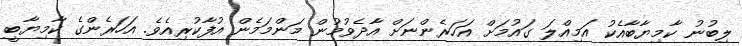
ލިބުނު ކާމިޔާބާއެކު އަމިއްލަ ގައުމަށް އަހަރެންނަށް އާދެވުމުން މަންމަމެން އުފާކުރިއެވެ. އަހަރެންގެ ކާމިޔާބީ